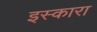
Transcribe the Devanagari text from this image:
इस्कारा